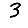
Digit: 3